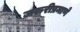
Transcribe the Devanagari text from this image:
जरुरीप्रमाणे